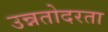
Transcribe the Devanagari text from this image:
उन्नतोदरता